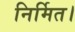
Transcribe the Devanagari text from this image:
निर्मित।